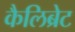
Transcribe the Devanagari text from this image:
कैलिब्रेट